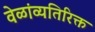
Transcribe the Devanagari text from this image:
वेळांव्यतिरिक्त